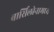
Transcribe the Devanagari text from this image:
बार्सिलोनामध्ये